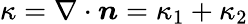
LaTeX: \kappa=\nabla\cdot\boldsymbol{n}=\kappa_{1}+\kappa_{2}